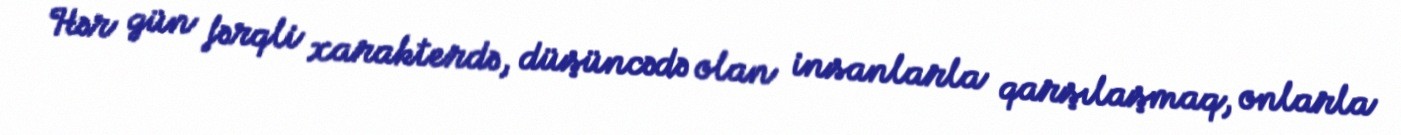
Hər gün fərqli xarakterdə, düşüncədə olan insanlarla qarşılaşmaq, onlarla